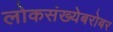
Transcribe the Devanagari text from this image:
लोकसंख्येबरोबर